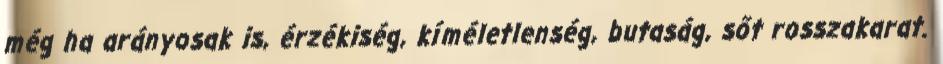
még ha arányosak is, érzékiség, kíméletlenség, butaság, sőt rosszakarat.